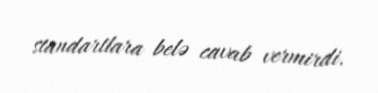
standartlara belə cavab vermirdi.